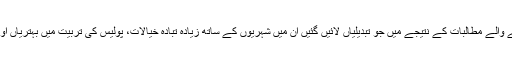
ماضی میں اصلاحات کے لیے کیے جانے والے مطالبات کے نتیجے میں جو تبدیلیاں لائیں گئیں اُن میں شہریوں کے ساتھ زیادہ تبادہ خیالات، پولیس کی تربیت میں بہتریاں اور طاقت کے استعمال کی حدود شامل ہیں۔